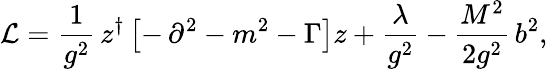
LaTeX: {\cal L}=\frac{1}{g^{2}}\, z^{\dagger}\left[-\, \partial^{2}-m^{2}-\Gamma\right]z+\frac{\lambda}{g^{2}}-\frac{M^{2}}{2g^{2}}\, b^{2},